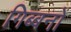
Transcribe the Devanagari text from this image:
गिब्बनों